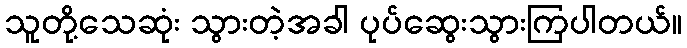
သူတို့သေဆုံး သွားတဲ့အခါ ပုပ်ဆွေးသွားကြပါတယ်။